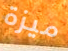
ميزة